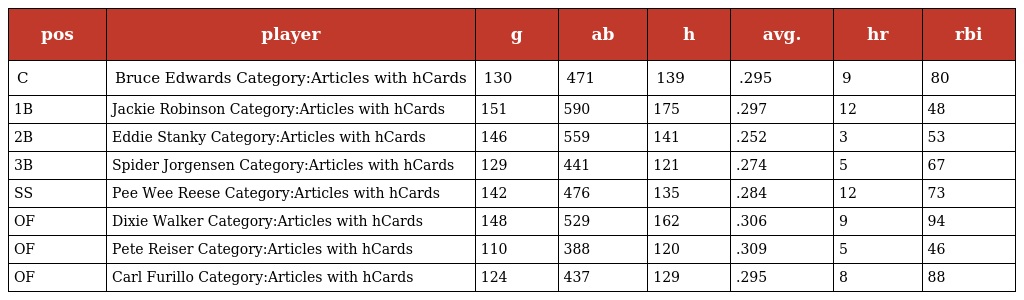
| pos | player | g | ab | h | avg. | hr | rbi |
 | --- | --- | --- | --- | --- | --- | --- | --- |
 | C | Bruce Edwards Category:Articles with hCards | 130 | 471 | 139 | .295 | 9 | 80 |
 | 1B | Jackie Robinson Category:Articles with hCards | 151 | 590 | 175 | .297 | 12 | 48 |
 | 2B | Eddie Stanky Category:Articles with hCards | 146 | 559 | 141 | .252 | 3 | 53 |
 | 3B | Spider Jorgensen Category:Articles with hCards | 129 | 441 | 121 | .274 | 5 | 67 |
 | SS | Pee Wee Reese Category:Articles with hCards | 142 | 476 | 135 | .284 | 12 | 73 |
 | OF | Dixie Walker Category:Articles with hCards | 148 | 529 | 162 | .306 | 9 | 94 |
 | OF | Pete Reiser Category:Articles with hCards | 110 | 388 | 120 | .309 | 5 | 46 |
 | OF | Carl Furillo Category:Articles with hCards | 124 | 437 | 129 | .295 | 8 | 88 |